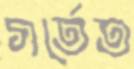
গর্তেত